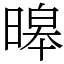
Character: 暤